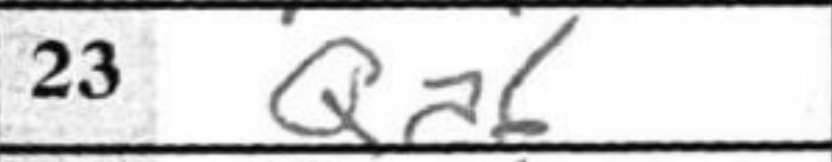
Transcription: Qa6